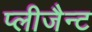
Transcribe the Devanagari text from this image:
प्लीजैन्ट